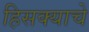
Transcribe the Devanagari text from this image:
हिसक्याचे